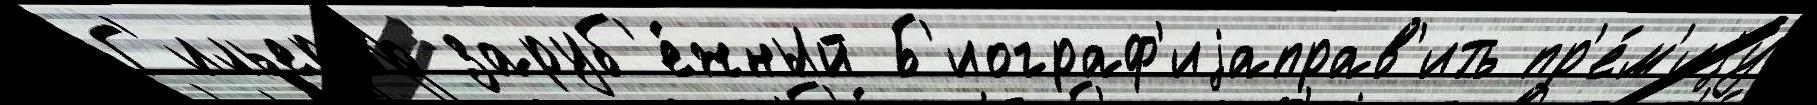
Г'ильермо заруб'е́жный Б'иограф'иjаправ'ить пр'е́м'иjу